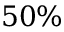
5 0 \%